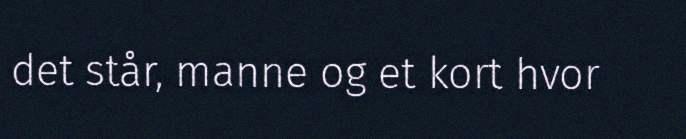
det står, manne og et kort hvor